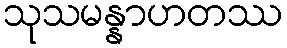
သုသမန္နာဟတဿ